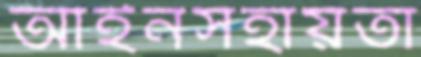
আইনসহায়তা